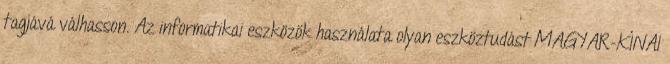
tagjává válhasson. Az informatikai eszközök használata olyan eszköztudást MAGYAR-KÍNAI